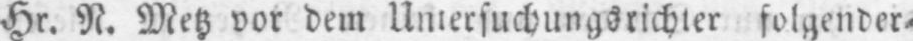
Hr. N. Meß vor dem Untersuchungsrichter folgender⸗